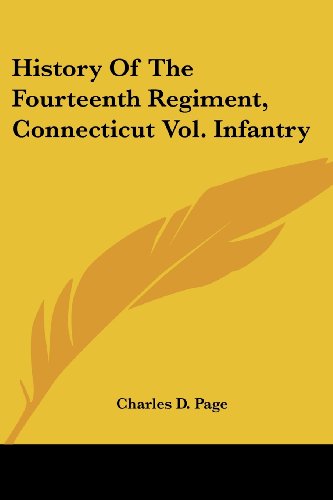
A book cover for History Of The Fourteenth Regiment, Connecticut Vol. Infantry; Charles D. Page; History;